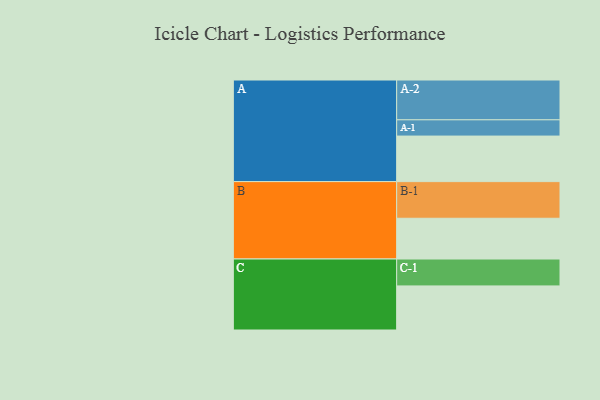
{"axis": {"x": "Segment", "y": "Value"}, "legend": ["", "A", "B", "C"], "data": [{"x": "A", "y": 342, "type": ""}, {"x": "B", "y": 306, "type": ""}, {"x": "C", "y": 331, "type": ""}, {"x": "A-1", "y": 122, "type": "A"}, {"x": "A-2", "y": 299, "type": "A"}, {"x": "B-1", "y": 275, "type": "B"}, {"x": "C-1", "y": 202, "type": "C"}]}